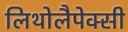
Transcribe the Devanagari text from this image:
लिथोलैपेक्सी